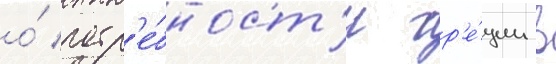
о́ потр'е́бност'и гр'е́ции в